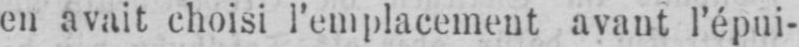
en avait choisi l’emplacement avant l’épui-